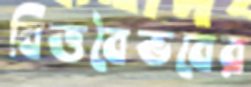
বিত্তবৈভবের